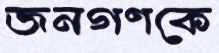
জনগণকে